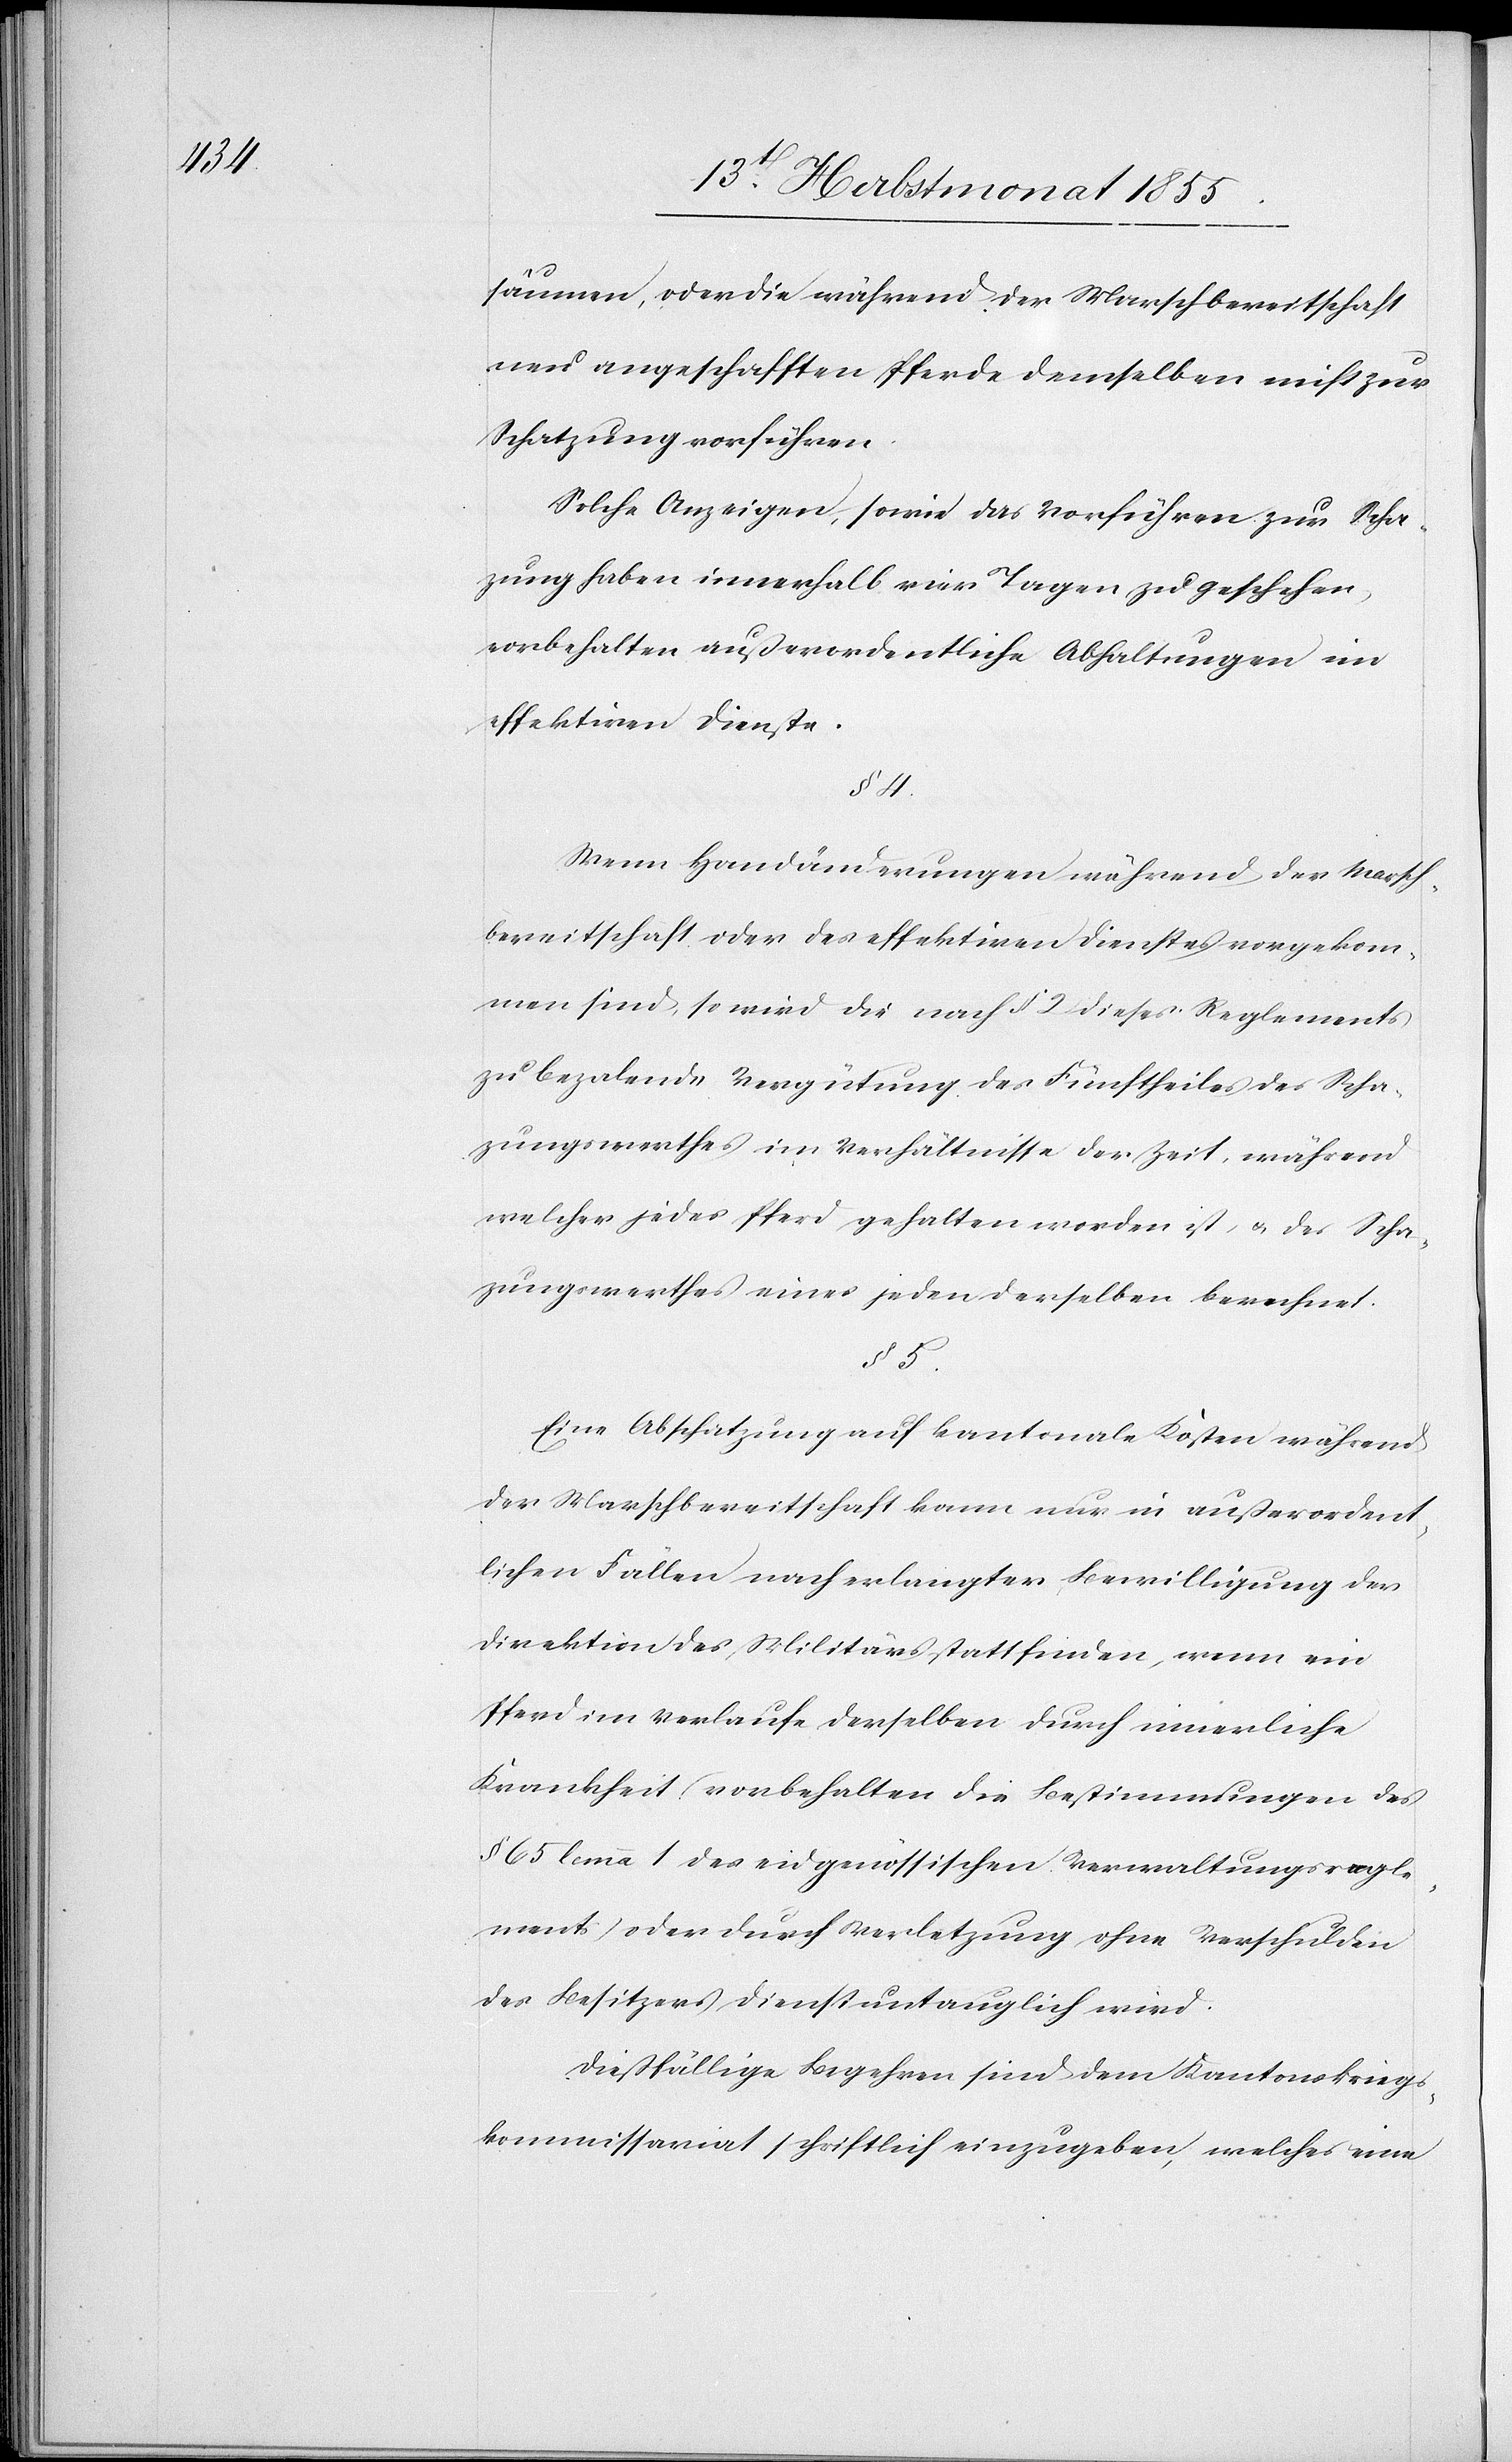
säumen, oder die während der Marschbereitschaft
neu angeschafften Pferde demselben nicht zur
Schatzung vorführen.
Solche Anzeigen, sowie das Vorführen zur Scha¬
zung haben innerhalb vier Tagen zu geschehen,
vorbehalten außerordentliche Abhaltungen im
effektiven Dienste.
§ 4.
Wenn Handänderungen während der Marsch¬
bereitschaft oder des effektiven Dienstes vorgekom¬
men sind, so wird die nach § 2 dieses Reglements
zu bezalende Vergütung des Fünftheiles des Scha¬
zungswerthes im Verhältnisse der Zeit, während
welcher jedes Pferd gehalten worden ist, & des Scha¬
zungswerthes eines jeden derselben berechnet.
§ 5.
Eine Abschatzung auf kantonale Kosten während
der Marschbereitschaft kann nur in außerordent¬
lichen Fällen nach erlangter Bewilligung der
Direktion des Militärs stattfinden, wenn ein
Pferd im Verlaufe derselben durch innerliche
Krankheit (vorbehalten die Bestimmungen des
§ 65 lemma 1 des eidgenössischen Verwaltungsregle¬
ments) oder durch Verletzung ohne Verschulden
des Besitzers dienstuntauglich wird.
Dießfällige Begehren sind dem Kantonskriegs¬
kommissariat schriftlich einzugeben, welches eine